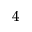
_ { 4 }